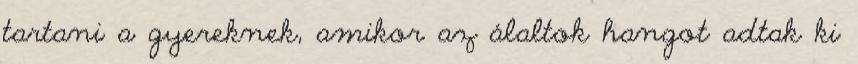
tartani a gyereknek, amikor az álaltok hangot adtak ki